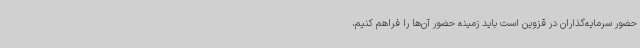
حضور سرمایه‌گذاران در قزوین است باید زمینه حضور آن‌ها را فراهم کنیم،